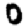
Digit: 0